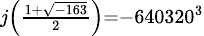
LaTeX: \scriptstyle j\left({\frac{1+{\sqrt{-163}}}{2}}\right)=-640320^{3}